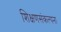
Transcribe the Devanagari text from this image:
शिक्षणसंकल्पना